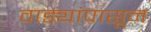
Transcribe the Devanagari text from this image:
वाड्यांपासून